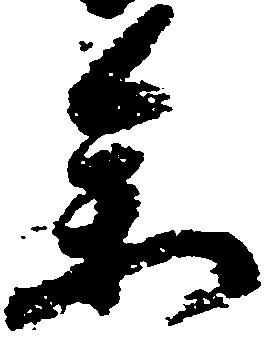
参